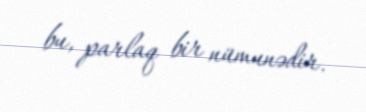
bu, parlaq bir nümunədir.